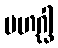
မဟဂ္ဃါ